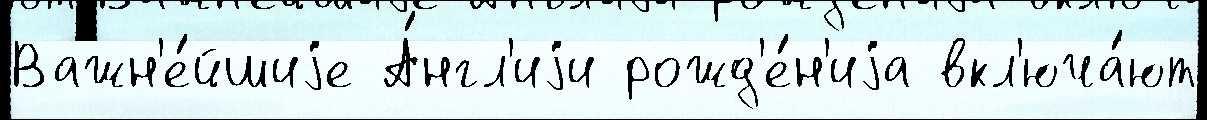
Важн'е́йшиjе А́нгл'иjи рожд'е́н'иjа вкл'юча́ют